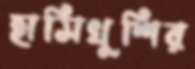
হাসিখুশির